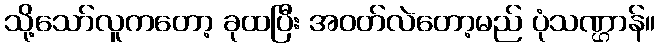
သို့သော်လူကတော့ ခုထပြီး အဝတ်လဲတော့မည် ပုံသဏ္ဌာန်။